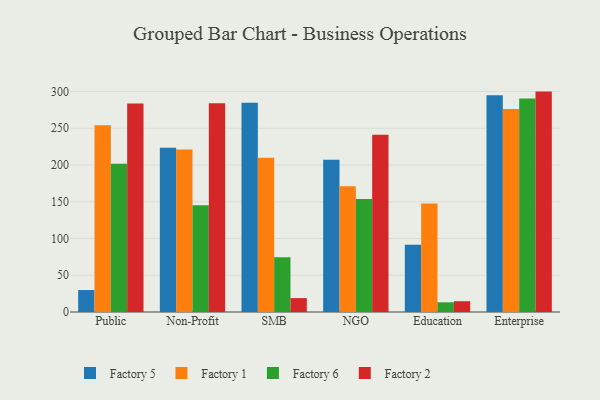
{"axis": {"x": "Segment", "y": "Production Output"}, "legend": ["Factory 1", "Factory 2", "Factory 5", "Factory 6"], "data": [{"x": "Public", "y": 29.9, "type": "Factory 5"}, {"x": "Public", "y": 254.0, "type": "Factory 1"}, {"x": "Public", "y": 201.6, "type": "Factory 6"}, {"x": "Public", "y": 283.7, "type": "Factory 2"}, {"x": "Non-Profit", "y": 223.6, "type": "Factory 5"}, {"x": "Non-Profit", "y": 221.0, "type": "Factory 1"}, {"x": "Non-Profit", "y": 145.4, "type": "Factory 6"}, {"x": "Non-Profit", "y": 284.1, "type": "Factory 2"}, {"x": "SMB", "y": 284.7, "type": "Factory 5"}, {"x": "SMB", "y": 210.0, "type": "Factory 1"}, {"x": "SMB", "y": 74.5, "type": "Factory 6"}, {"x": "SMB", "y": 18.9, "type": "Factory 2"}, {"x": "NGO", "y": 207.0, "type": "Factory 5"}, {"x": "NGO", "y": 171.2, "type": "Factory 1"}, {"x": "NGO", "y": 153.9, "type": "Factory 6"}, {"x": "NGO", "y": 241.3, "type": "Factory 2"}, {"x": "Education", "y": 91.6, "type": "Factory 5"}, {"x": "Education", "y": 147.5, "type": "Factory 1"}, {"x": "Education", "y": 13.2, "type": "Factory 6"}, {"x": "Education", "y": 14.7, "type": "Factory 2"}, {"x": "Enterprise", "y": 295.0, "type": "Factory 5"}, {"x": "Enterprise", "y": 276.3, "type": "Factory 1"}, {"x": "Enterprise", "y": 290.4, "type": "Factory 6"}, {"x": "Enterprise", "y": 299.9, "type": "Factory 2"}]}